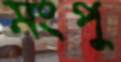
মংপু